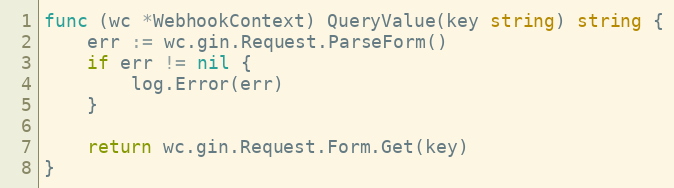
Language: Go
func (wc *WebhookContext) QueryValue(key string) string {
	err := wc.gin.Request.ParseForm()
	if err != nil {
		log.Error(err)
	}

	return wc.gin.Request.Form.Get(key)
}